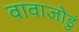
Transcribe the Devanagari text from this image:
वावाजोडुं